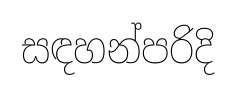
සඳහන්පරිදි